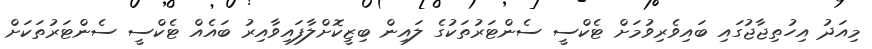
މިއަދު އިހުތިޖާޖުގައި ބައިވެރިވުމަށް ޓެކްސީ ސެންޓަރުތަކުގެ ލައިން ބިޒީކޮށްލާފައިވާއިރު ބައެއް ޓެކްސީ ސެންޓަރުތަކަށް